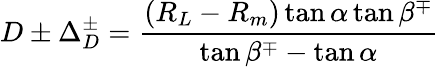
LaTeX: D\pm\Delta_{D}^{\pm}=\frac{(R_{L}-R_{m})\tan\alpha\tan\beta^{\mp}}{\tan\beta^{\mp}-\tan\alpha}